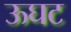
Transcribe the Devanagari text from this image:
ऊघट